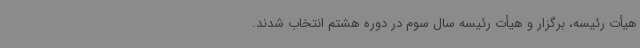
هیأت رئیسه، برگزار و هیأت رئیسه سال سوم در دوره هشتم انتخاب شدند.